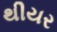
થીયર